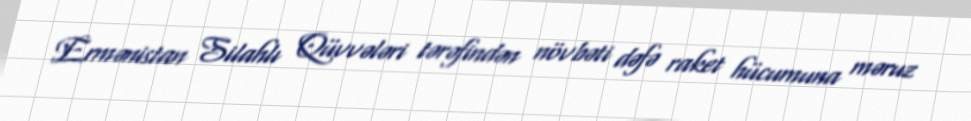
Ermənistan Silahlı Qüvvələri tərəfindən növbəti dəfə raket hücumuna məruz